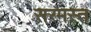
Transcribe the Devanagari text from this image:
सरमस्त